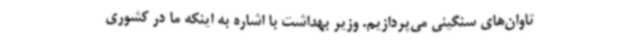
تاوان‌های سنگینی می‌پردازیم. وزیر بهداشت با اشاره به اینکه ما در کشوری